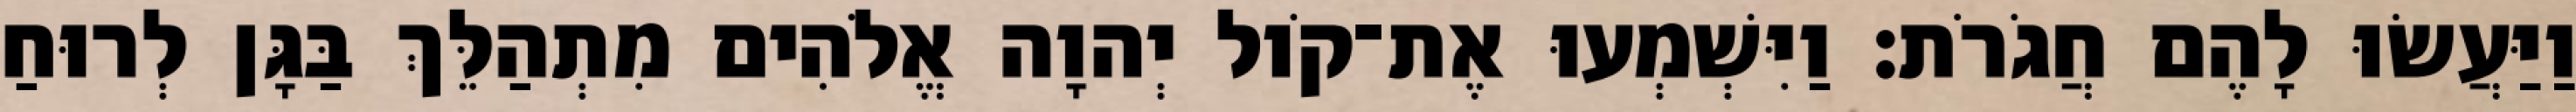
וַיַּעֲשׂוּ לָהֶם חֲגֹרֹת׃ וַיִּשְׁמְעוּ אֶת־קֹול יְהוָה אֱלֹהִים מִתְהַלֵּךְ בַּגָּן לְרוּחַ